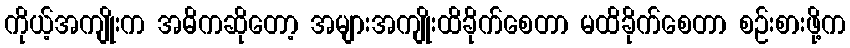
ကိုယ့်အကျိုးက အဓိကဆိုတော့ အများအကျိုးထိခိုက်စေတာ မထိခိုက်စေတာ စဉ်းစားဖို့က